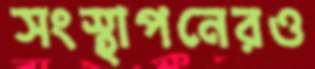
সংস্থাপনেরও